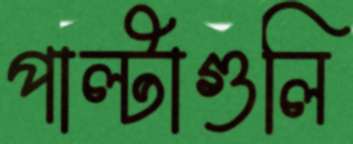
পাল্টাগুলি